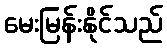
မေးမြန်းနိုင်သည်